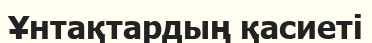
Ұнтақтардың қасиеті